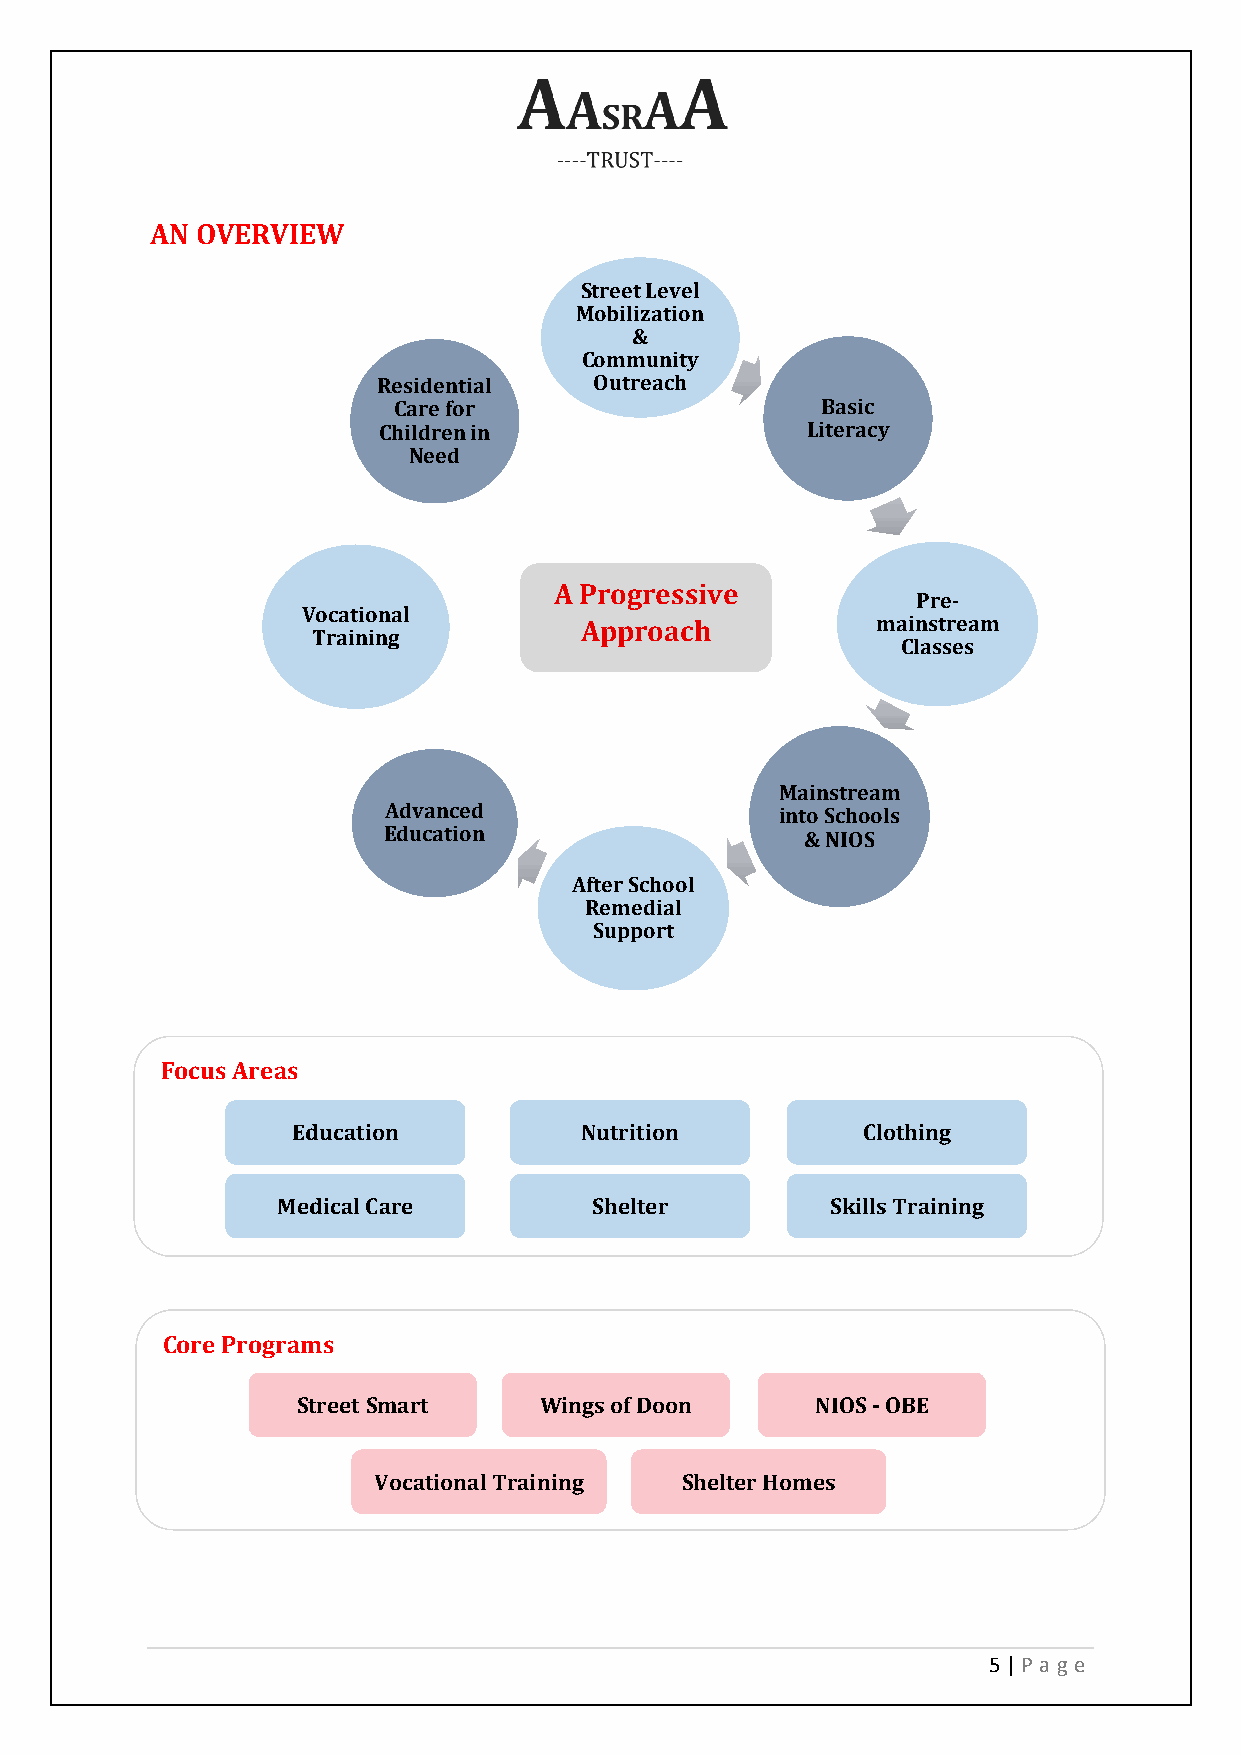
AN OVERVIEW
 Street Level
 Mobilization
 &
 Community
 Residential   Outreach
 Care for                    Basic
 Children in                 Literacy
 Need
 A Progressive
 Pre-
 Vocational
 Approach            mainstream
 Training
 Classes
 Mainstream
 Advanced                   into Schools
 Education                   & NIOS
 After School
 Remedial
 Support
 Focus Areas
 Education          Nutrition          Clothing
 Medical Care         Shelter         Skills Training
 Core Programs
 Street Smart    Wings of Doon     NIOS - OBE
 Vocational Training Shelter Homes
 5 | P age